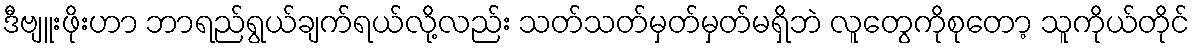
ဒီဗျူးဖိုးဟာ ဘာရည်ရွယ်ချက်ရယ်လို့လည်း သတ်သတ်မှတ်မှတ်မရှိဘဲ လူတွေကိုစုတော့ သူကိုယ်တိုင်